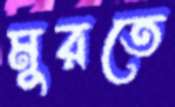
মুরতে